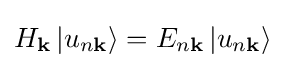
H_{\mathbf {k} }\left|u_{n\mathbf {k} }\right\rangle =E_{n\mathbf {k} }\left|u_{n\mathbf {k} }\right\rangle \;